Document type: Acquittal of debt
Year: 1424
Scribe: Francesc de Casanoves
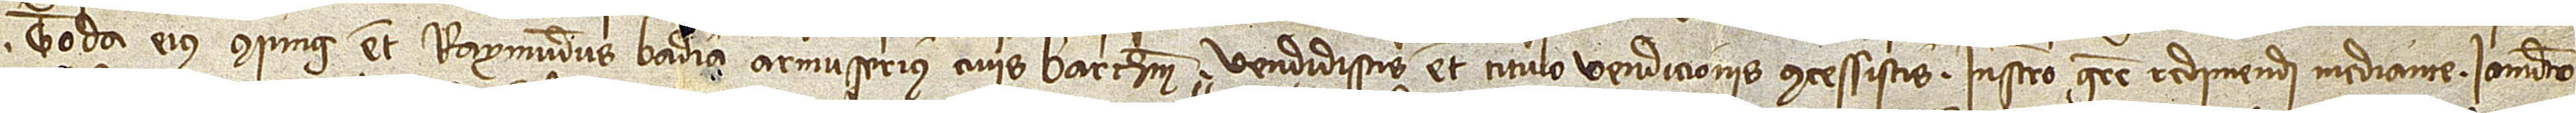
Toda, eius coniux,  etiam Raymundus Badia, armuserius, civis Barchinone, vendidistis et titulo vendicionis concessistis, instrumento gratie redimendi mediante, iamdicto